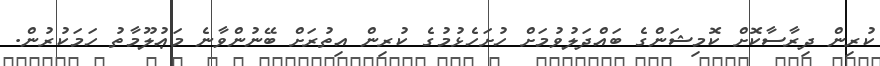
ކުރިން ދިރާސާކޮށް ކޮމިޝަންގެ ބައްދަލުވުމަށް ހުށަހެޅުމުގެ ކުރިން އިތުރަށް ބޭނުންވާނެ މަޢުލޫމާތު ހަމަކުރުން.